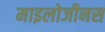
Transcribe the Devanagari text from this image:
माइलोजीनस